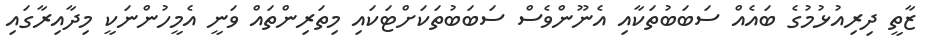
ޒާތީ ދިރިއުޅުމުގެ ބައެއް ސަބަބުތަކާއި އެނޫންވެސް ސަބަބުތަކަށްޓަކައި މިތަރިންތައް ވަނީ އެމީހުންނަކީ މިދާއިރާގައި